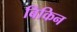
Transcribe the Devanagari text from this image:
बिकिन